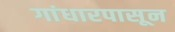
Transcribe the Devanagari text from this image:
गांधारपासून